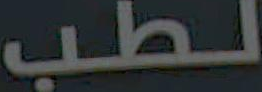
لطب